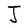
Character: J